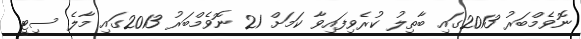
ނޮވެމްބަރު 2013ގައި ބާތިލު ކުރެވިފައިވާ ކަމަށް 21 ނޮވެމްބަރު 2013ގައި މާލެ ސިޓީ